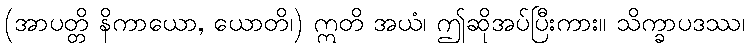
(အာပတ္တိ နိကာယော, ယောတိ၊) ဣတိ အယံ၊ ဤဆိုအပ်ပြီးကား။ သိက္ခာပဒဿ၊